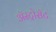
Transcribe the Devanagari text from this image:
अॅस्ट्रोसॅट